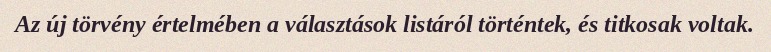
Az új törvény értelmében a választások listáról történtek, és titkosak voltak.